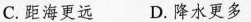
C.距海更远D.降水更多